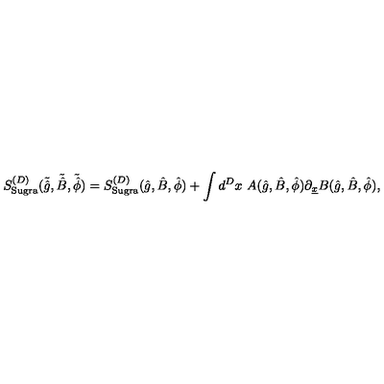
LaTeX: S _ { \mathrm { { S u g r a } } } ^ { ( D ) } ( \tilde { \hat { g } } , \tilde { \hat { B } } , \tilde { \hat { \phi } } ) = S _ { \mathrm { S u g r a } } ^ { ( D ) } ( \hat { g } , \hat { B } , \hat { \phi } ) + \int d ^ { D } x \ A ( \hat { g } , \hat { B } , \hat { \phi } ) \partial _ { \underline { { x } } } B ( \hat { g } , \hat { B } , \hat { \phi } ) ,